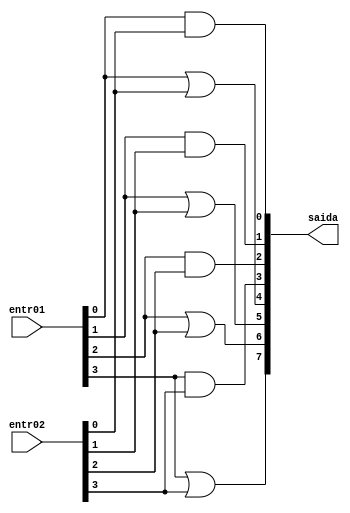
// -------------------------
// Exemplo0031 - F4
// Nome: Fernando Silva
// -------------------------
// f4_gate
// -------------------------
 
	module f4 (output [7:0]saida, input [3:0]entr01, input [3:0]entr02);
		//---AND
		and AND1(saida[0], entr01[0], entr02[0]);
		and AND2(saida[1], entr01[1], entr02[1]);
		and AND3(saida[2], entr01[2], entr02[2]);
		and AND4(saida[3], entr01[3], entr02[3]);
		//---OR
		or OR1(saida[7], entr01[3], entr02[3]);
		or OR2(saida[6], entr01[2], entr02[2]);
		or OR3(saida[5], entr01[1], entr02[1]);
		or OR4(saida[4], entr01[0], entr02[0]); 
	
	endmodule //f4

// ------------------------- 
// -- test f4
// -------------------------
	 module test_f4;
// ------------------------- definir dados
		reg  [3:0] x;
		reg  [3:0] y;
		wire [7:0] z;
		
		f4 modulo (z, x, y);
// ------------------------- parte principal
	 initial begin
		$display("Exemplo0031 - Fernando Silva - 414506");
		$display("Test LU's module \n");
		#1 x = 4'b0011;	y = 4'b0101;
		$monitor("AND: %4b & %4b = %4b \n OR: %3b | %3b = %4b \n",x,y,z[3:0],x,y,z[7:4]);
		#1 x = 4'b0000;	y = 4'b1111;
		#1 x = 4'b1010;	y = 4'b0101;
	 end
	endmodule // test_f4